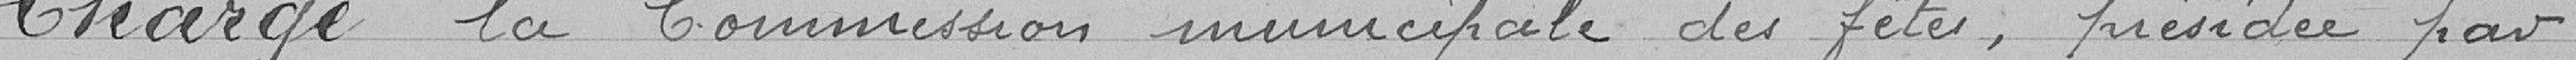
Charge la Commission municipale des fêtes, présidée par